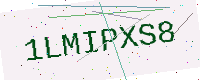
Text: 1LMIPXS8